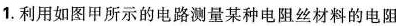
1.利用如图甲所示的电路测量某种电阻丝材料的电阻